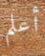
أعلم